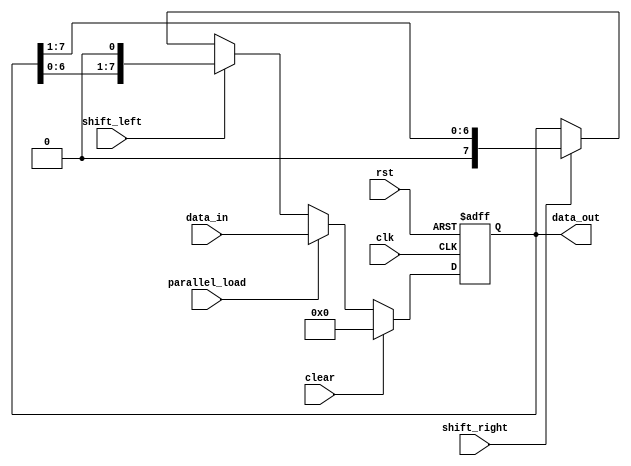
module Universal_Shift_Register (
    input wire clk,
    input wire rst,
    input wire shift_left,
    input wire shift_right,
    input wire parallel_load,
    input wire clear,
    input wire [7:0] data_in,
    output reg [7:0] data_out
);

reg [7:0] storage_reg;

always @ (posedge clk or posedge rst) begin
    if (rst) begin
        storage_reg <= 8'b0;
    end else if (clear) begin
        storage_reg <= 8'b0;
    end else if (parallel_load) begin
        storage_reg <= data_in;
    end else if (shift_left) begin
        storage_reg <= {storage_reg[6:0], 1'b0};
    end else if (shift_right) begin
        storage_reg <= {1'b0, storage_reg[7:1]};
    end
end

assign data_out = storage_reg;

endmodule